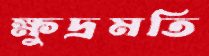
ক্ষুদ্রমতি